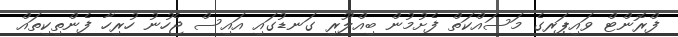
ފްރޮންޓް ވައިޕަރގެ މަސައްކަތް ފެށުމުން ބިއްލޫރި ގަނޑުގައި އައިސް ޖެހުނު ހުރިހާ ފެންތިކިތައް